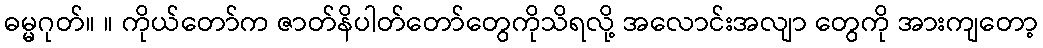
ဓမ္မဂုတ်။ ။ ကိုယ်တော်က ဇာတ်နိပါတ်တော်တွေကိုသိရလို့ အလောင်းအလျာ တွေကို အားကျတော့